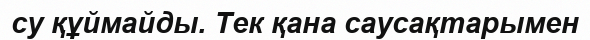
су құймайды. Тек қана саусақтарымен